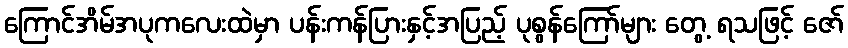
ကြောင်အိမ်အပုကလေးထဲမှာ ပန်းကန်ပြားနှင့်အပြည့် ပုစွန်ကြော်များ တွေ့ ရသဖြင့် ဇော်